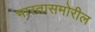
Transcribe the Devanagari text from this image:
भारतासमोरील